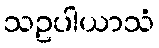
သဥပါယာသံ